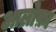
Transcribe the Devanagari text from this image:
आलोफ़ा